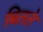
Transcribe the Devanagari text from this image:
बितते